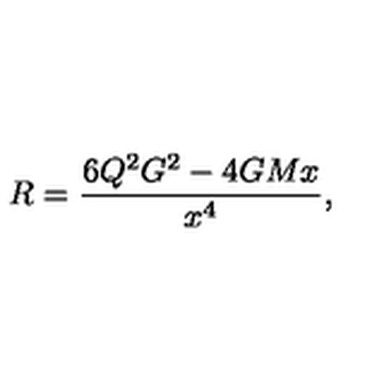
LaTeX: R = \frac { 6 { Q } ^ { 2 } G ^ { 2 } - 4 G M x } { x ^ { 4 } } ,